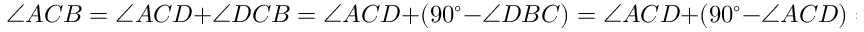
\angle A C B = \angle A C D + \angle D C B = \angle A C D + ( 9 0 ^ { \circ } - \angle D B C ) = \angle A C D + ( 9 0 ^ { \circ } - \angle A C D ) = 9 0 ^ { \circ }